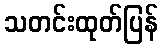
သတင်းထုတ်ပြန်